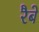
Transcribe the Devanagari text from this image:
रैबे